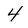
Character: 4